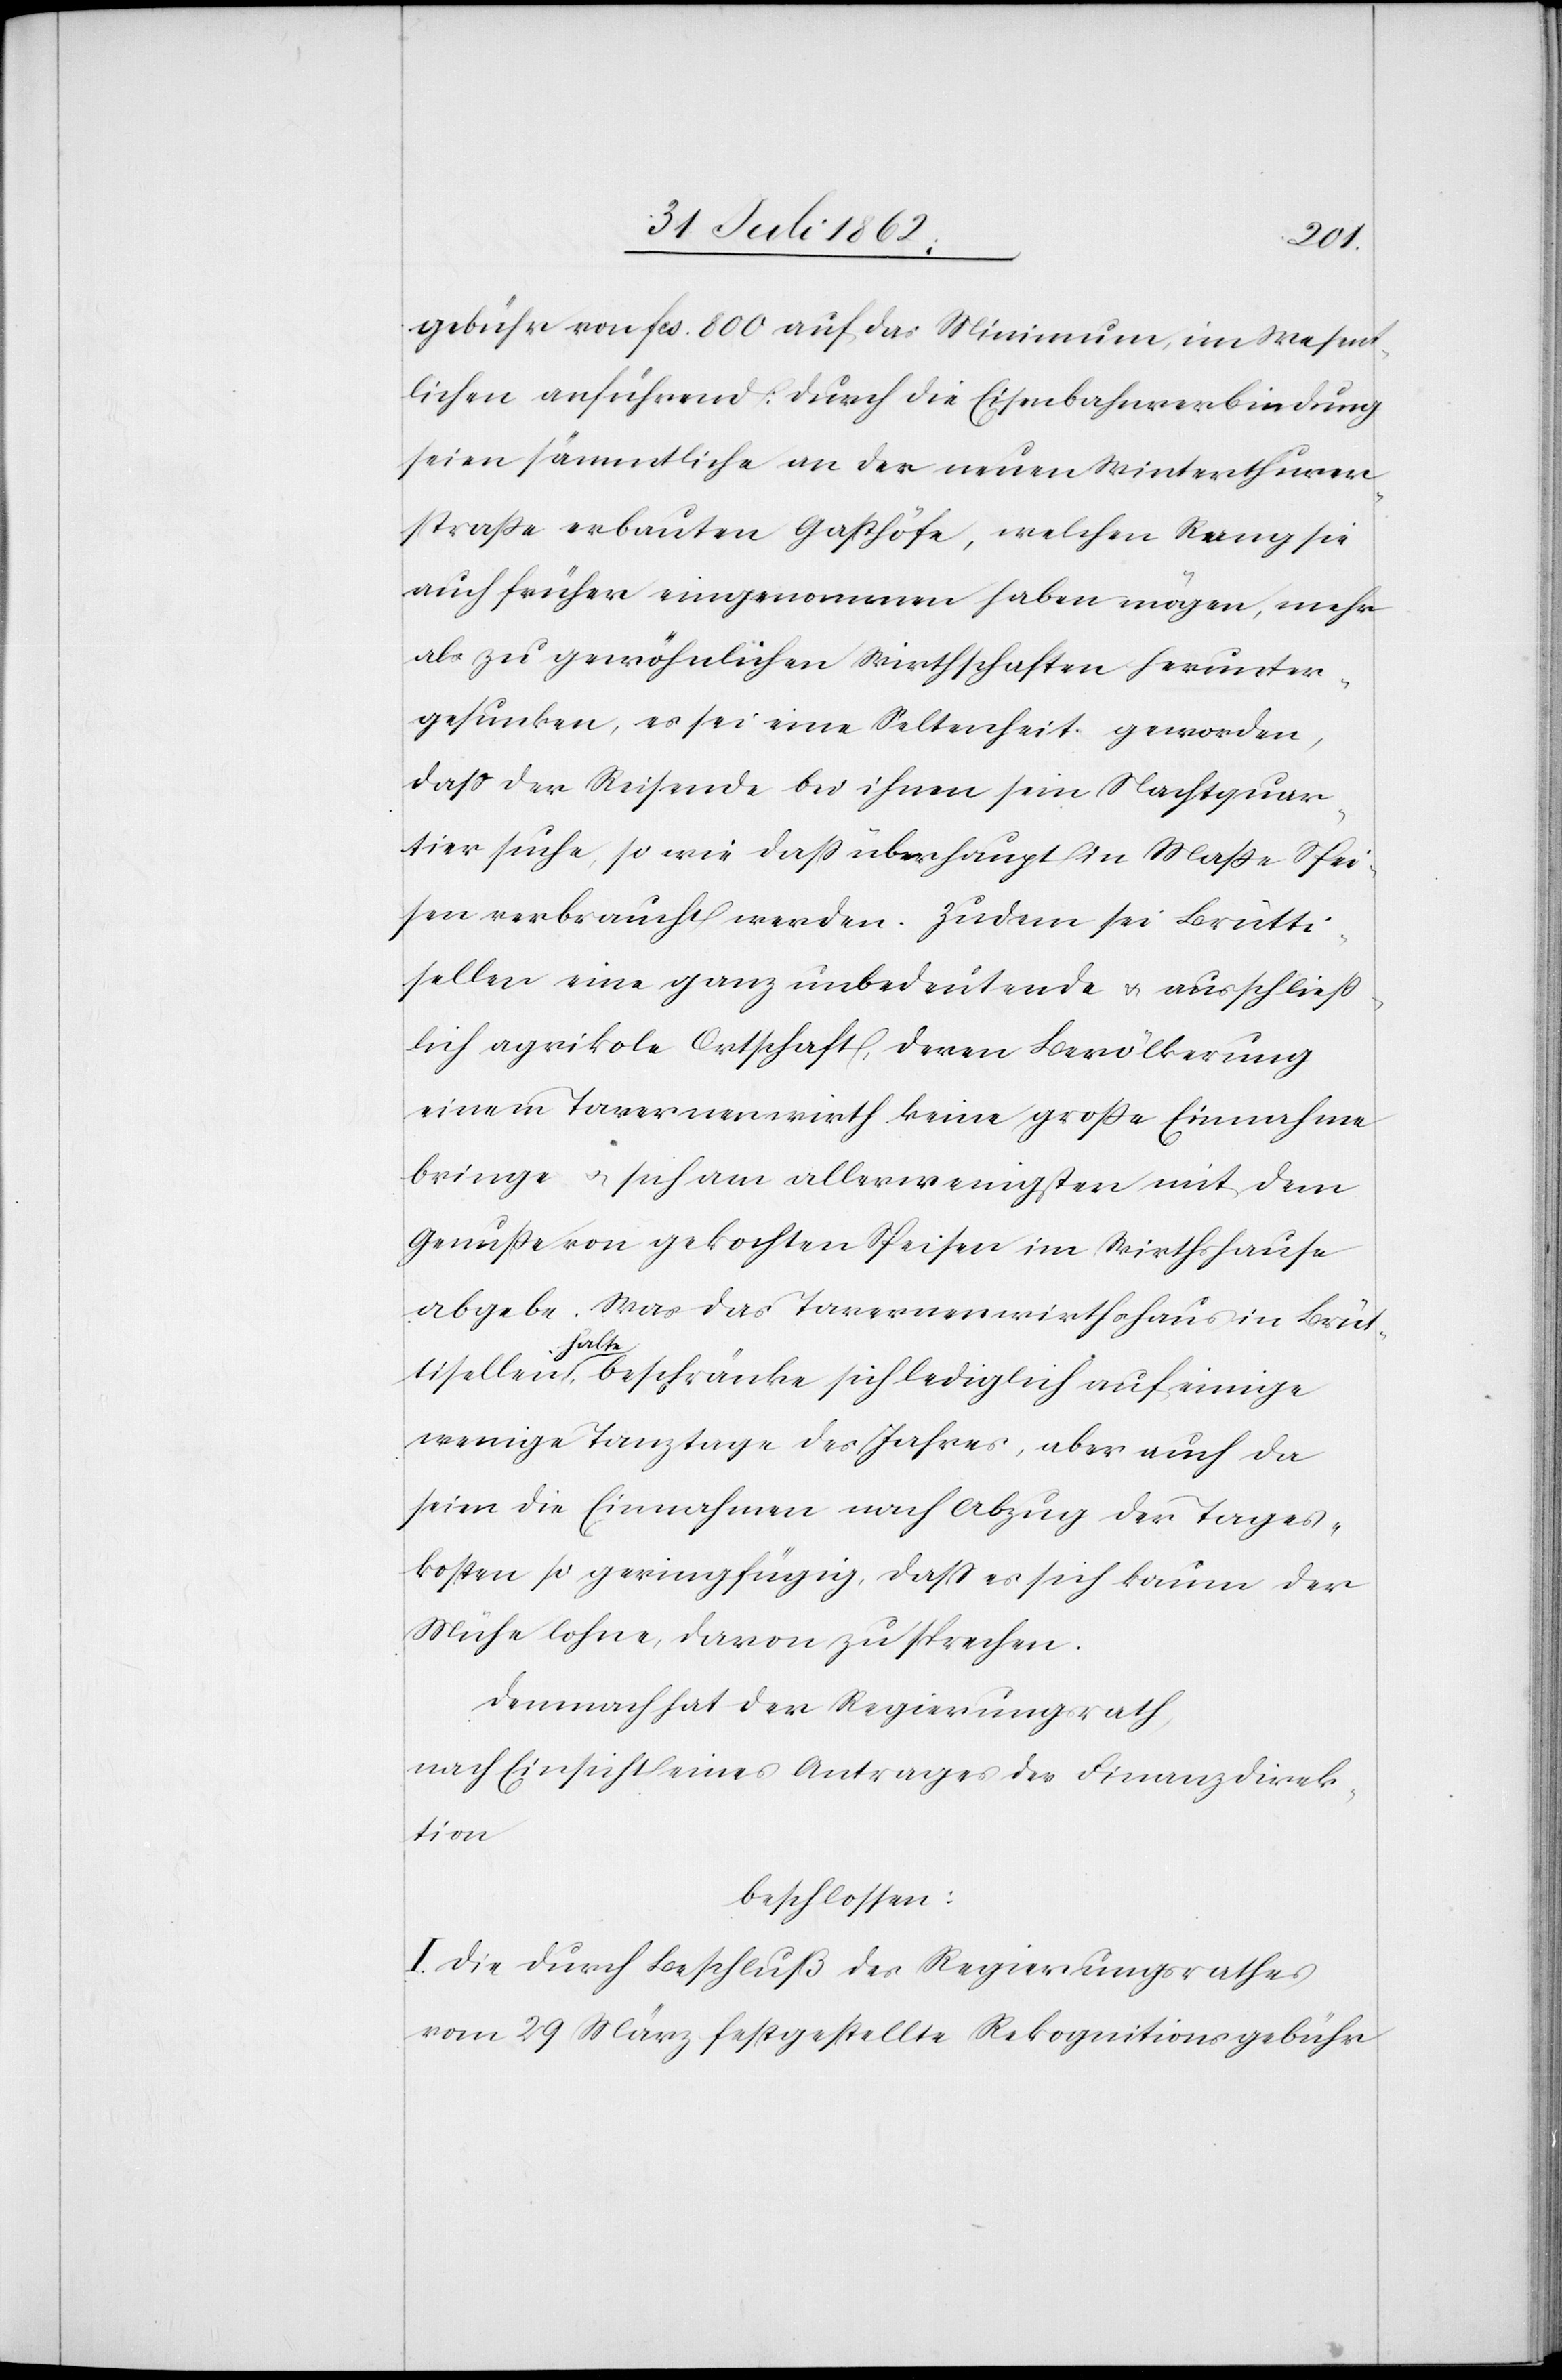
gebühr von fcs. 800 auf das Minimum, im Wesent¬
lichen anführend: durch die Eisenbahnverbindung
seien sämmtliche an der neuen Winterthurer¬
straße erbauten Gasthöfe, welchen Rang sie
auch früher eingenommen haben mögen, mehr
als zu gewöhnlichen Wirthschaften herunter¬
gesunken, es sei eine Seltenheit geworden,
daß der Reisende bei ihnen sein Nachtquar¬
tier suche, so wie daß überhaupt in Maße Spei¬
sen verbraucht werden. Zudem sei Brütti¬
sellen eine ganz unbedeutende u. ausschließ¬
lich agrikole Ortschaft, deren Bevölkerung
einem Tavernenwirth keine großen Einnahmen
bringe u. sich am allerwenigsten mit dem
Genuße von gekochten Speisen im Wirthshause
abgebe. Was das Tavernenwirthshaus in Brüt¬
tisellen halte, beschränke sich lediglich auf einige
wenige Tanztage des Jahres, aber auch da
seien die Einnahmen nach Abzug der Tages¬
kosten so geringfügig, daß es sich kaum der
Mühe lohne, davon zu sprechen.
Demnach hat der Regierungsrath,
nach Einsicht eines Antrages der Finanzdirek¬
tion
beschlossen:
I. Die durch Beschluß des Regierungsrathes
vom 29. März festgestellte Rekognitionsgebühr